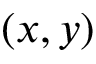
( x , y )